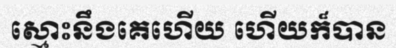
ស្មោះនឹងគេហើយ ហើយក៏បាន